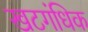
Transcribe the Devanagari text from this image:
खटगंधिक